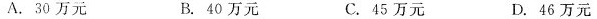
A.30万元 B.40万元 C.45万元 D.46万元